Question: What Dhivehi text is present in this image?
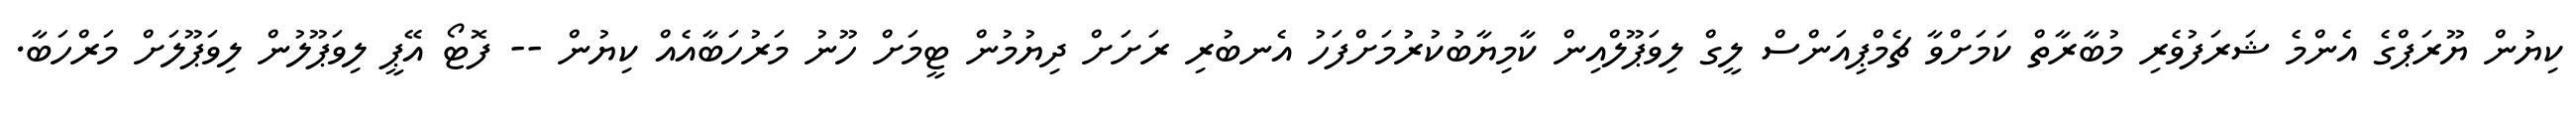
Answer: ކިޔުން ޔޫރަޕްގެ އެންމެ ޝަރަފުވެރި މުބާރާތް ކަމަށްވާ ޗެމްޕިއަންސް ލީގް ލިވަޕޫލްއިން ކާމިޔާބުކުރުމަށްފަހު އެނބުރި ރަށަށް ދިޔުމުން ޓީމަށް ހޫނު މަރުހަބާއެއް ކިޔުން -- ފޮޓޯ އޭޕީ ލިވަޕޫލުން ލިވަޕޫލަށް މަރްހަބާ.